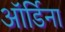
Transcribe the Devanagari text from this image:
ऑर्डिना